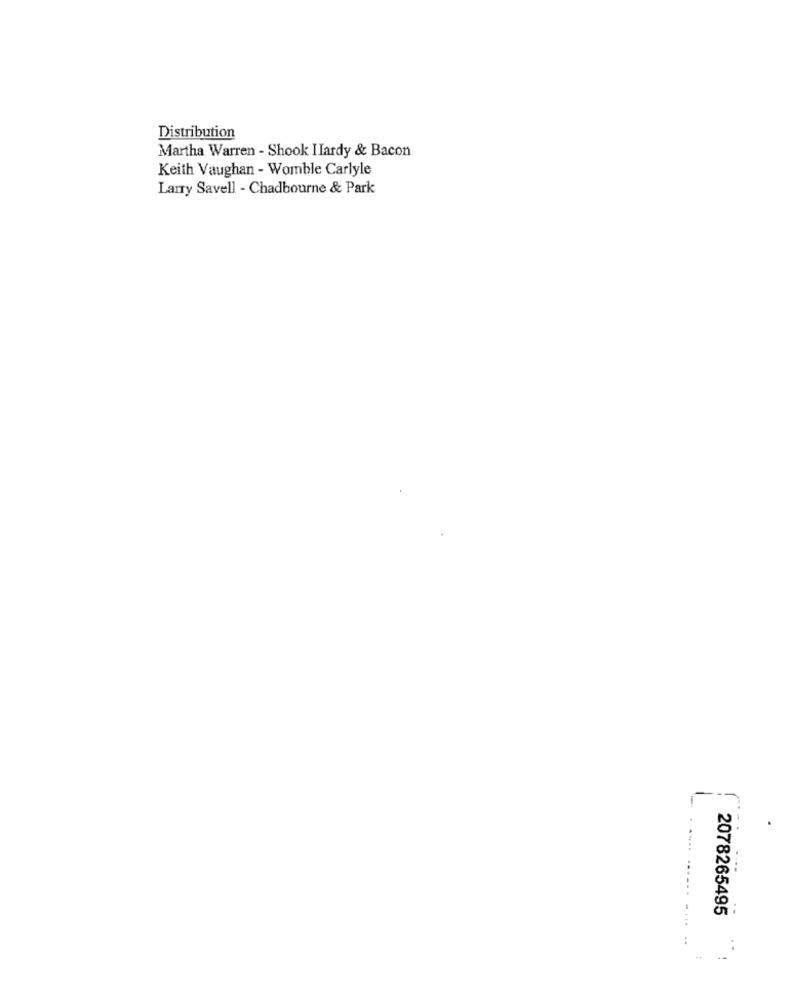
Distribution
Martha Warren - Shook IIardy & Bacon
Keith Vaughan - Womble Carlyle
Larry Savell - Chadbourne & Park
2078265495